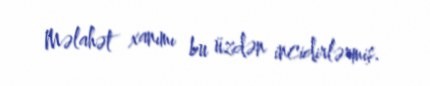
Məlahət xanımı bu üzdən incidirlərmiş.